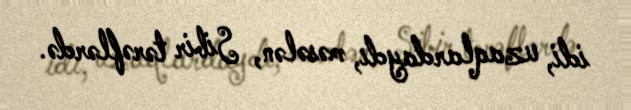
idi, uzaqlardaydı, məsələn, Sibir tərəflərdə.